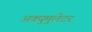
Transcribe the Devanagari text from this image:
अक्युमुलेटर